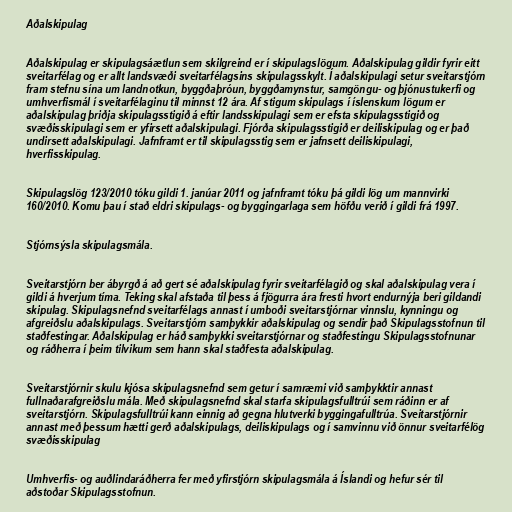
Aðalskipulag

Aðalskipulag er skipulagsáætlun sem skilgreind er í skipulagslögum. Aðalskipulag gildir fyrir eitt
sveitarfélag og er allt landsvæði sveitarfélagsins skipulagsskylt. Í aðalskipulagi setur sveitarstjórn
fram stefnu sína um landnotkun, byggðaþróun, byggðamynstur, samgöngu- og þjónustukerfi og
umhverfismál í sveitarfélaginu til minnst 12 ára. Af stigum skipulags í íslenskum lögum er
aðalskipulag þriðja skipulagsstigið á eftir landsskipulagi sem er efsta skipulagsstigið og
svæðisskipulagi sem er yfirsett aðalskipulagi. Fjórða skipulagsstigið er deiliskipulag og er það
undirsett aðalskipulagi. Jafnframt er til skipulagsstig sem er jafnsett deiliskipulagi,
hverfisskipulag.

Skipulagslög 123/2010 tóku gildi 1. janúar 2011 og jafnframt tóku þá gildi lög um mannvirki
160/2010. Komu þau í stað eldri skipulags- og byggingarlaga sem höfðu verið í gildi frá 1997.

Stjórnsýsla skipulagsmála.

Sveitarstjórn ber ábyrgð á að gert sé aðalskipulag fyrir sveitarfélagið og skal aðalskipulag vera í
gildi á hverjum tíma. Teking skal afstaða til þess á fjögurra ára fresti hvort endurnýja beri gildandi
skipulag. Skipulagsnefnd sveitarfélags annast í umboði sveitarstjórnar vinnslu, kynningu og
afgreiðslu aðalskipulags. Sveitarstjórn samþykkir aðalskipulag og sendir það Skipulagsstofnun til
staðfestingar. Aðalskipulag er háð samþykki sveitarstjórnar og staðfestingu Skipulagsstofnunar
og ráðherra í þeim tilvikum sem hann skal staðfesta aðalskipulag.

Sveitarstjórnir skulu kjósa skipulagsnefnd sem getur í samræmi við samþykktir annast
fullnaðarafgreiðslu mála. Með skipulagsnefnd skal starfa skipulagsfulltrúi sem ráðinn er af
sveitarstjórn. Skipulagsfulltrúi kann einnig að gegna hlutverki byggingafulltrúa. Sveitarstjórnir
annast með þessum hætti gerð aðalskipulags, deiliskipulags og í samvinnu við önnur sveitarfélög
svæðisskipulag

Umhverfis- og auðlindaráðherra fer með yfirstjórn skipulagsmála á Íslandi og hefur sér til
aðstoðar Skipulagsstofnun.